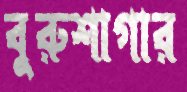
বুরুশাগার